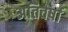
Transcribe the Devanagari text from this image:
अतिवर्षा